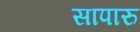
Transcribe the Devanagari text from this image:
सापारु